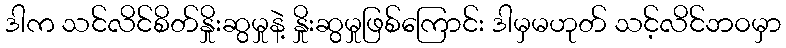
ဒါက သင်လိင်စိတ်နှိုးဆွမှုနဲ့ နှိုးဆွမှုဖြစ်ကြောင်း ဒါမှမဟုတ် သင့်လိင်ဘ၀မှာ